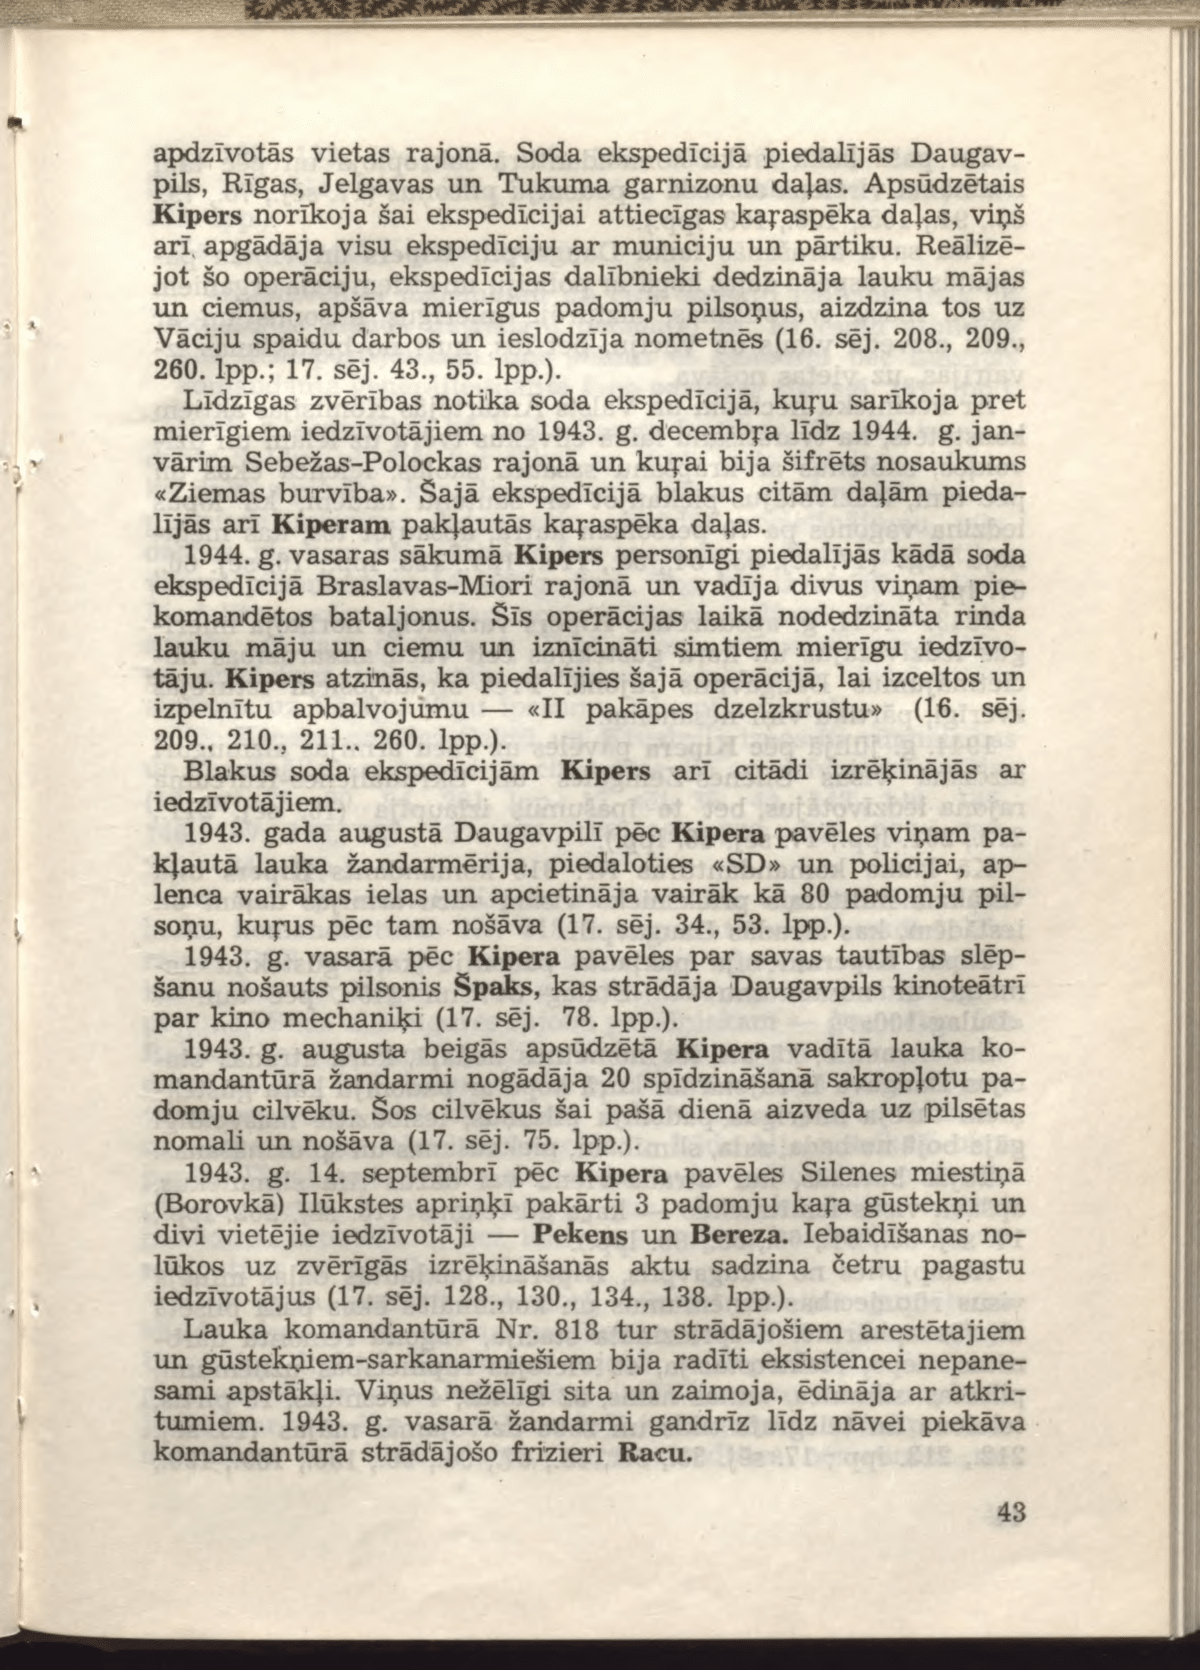
Language: lv